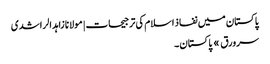
پاکستان میں نفاذ اسلام کی ترجیحات | مولانا زاہد الراشدی
سرورق » پاکستان ۔